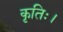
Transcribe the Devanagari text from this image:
कृतिः।